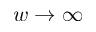
w \to \infty